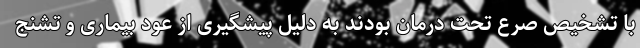
با تشخیص صرع تحت درمان بودند به دلیل پیشگیری از عود بیماری و تشنج